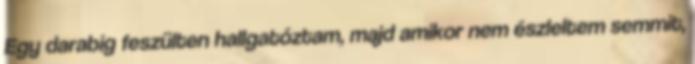
Egy darabig feszülten hallgatóztam, majd amikor nem észleltem semmit,